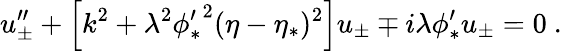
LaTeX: u_{\pm}^{\prime\prime}+\left[k^{2}+\lambda^{2}{\phi_{*}^{\prime}}^{2}(\eta-\eta_{*})^{2}\right]u_{\pm}\mp i\lambda\phi_{*}^{\prime}u_{\pm}=0\ .